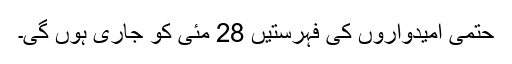
حتمی امیدواروں کی فہرستیں 28 مئی کو جاری ہوں گی۔